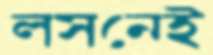
লসনেই